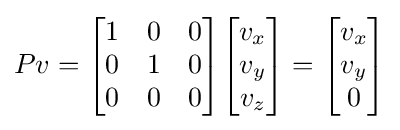
Pv={\begin{bmatrix}1&0&0\\0&1&0\\0&0&0\\\end{bmatrix}}{\begin{bmatrix}v_{x}\\v_{y}\\v_{z}\end{bmatrix}}={\begin{bmatrix}v_{x}\\v_{y}\\0\end{bmatrix}}